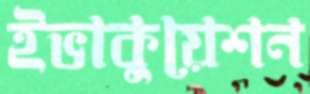
ইভাকুয়েশন